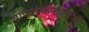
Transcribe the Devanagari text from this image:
बाएवटेकनालोजी